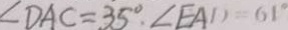
\angle D A C = 3 5 ^ { \circ } , \angle E A D = 6 1 ^ { \circ }